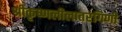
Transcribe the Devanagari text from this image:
श्रीकृष्णलीलातरंगिणी